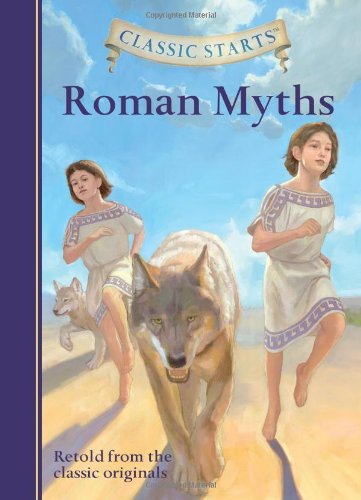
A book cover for Classic StartsEE¢: Roman Myths (Classic Starts(TM) Series); Diane Namm; Children's Books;